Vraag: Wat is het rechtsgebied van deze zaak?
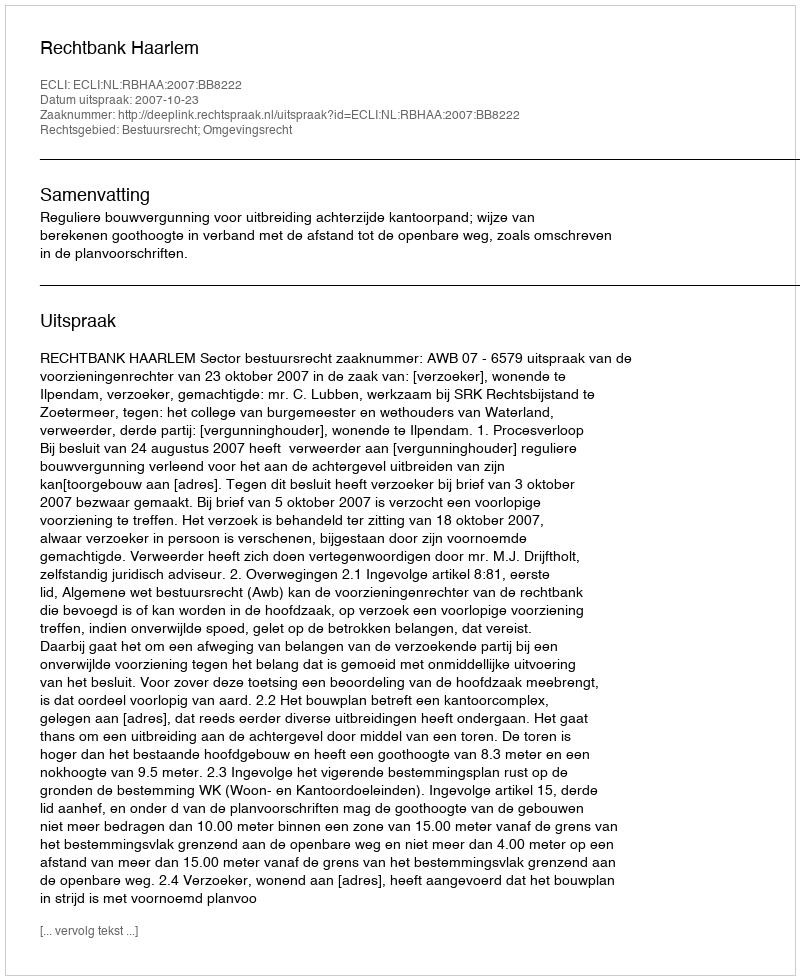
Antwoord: Bestuursrecht; Omgevingsrecht